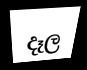
දෑල